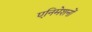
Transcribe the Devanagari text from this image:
एनिमेशनों